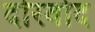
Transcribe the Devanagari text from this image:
दोरवोद